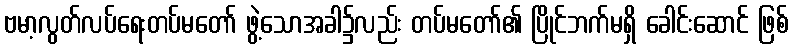
ဗမာ့လွတ်လပ်ရေးတပ်မတော် ဖွဲ့သောအခါ၌လည်း တပ်မတော်၏ ပြိုင်ဘက်မရှိ ခေါင်းဆောင် ဖြစ်